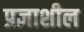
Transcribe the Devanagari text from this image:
प्रज्ञाशील